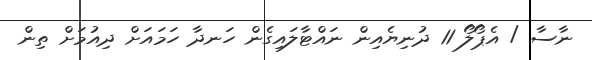
ނާސާ / އެޕޯލޯ 11 ދުނިޔެއިން ނައްޓާލައިގެން ހަނދާ ހަމައަށް ދިއުމަށް ތިން